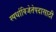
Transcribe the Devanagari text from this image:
स्पर्धाविजेतेपदासाठी